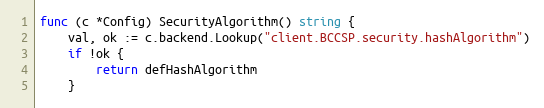
Language: Go
func (c *Config) SecurityAlgorithm() string {
	val, ok := c.backend.Lookup("client.BCCSP.security.hashAlgorithm")
	if !ok {
		return defHashAlgorithm
	}